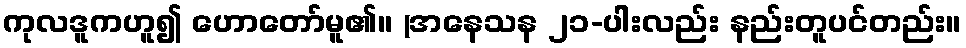
ကုလဒူကဟူ၍ ဟောတော်မူ၏။ (အနေသန ၂၁-ပါးလည်း နည်းတူပင်တည်း။